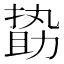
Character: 𠢞